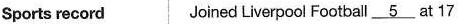
sports record Joined Liverpool Football \underline{5} at 17